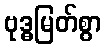
ဗုဒ္ဓမြတ်စွာ